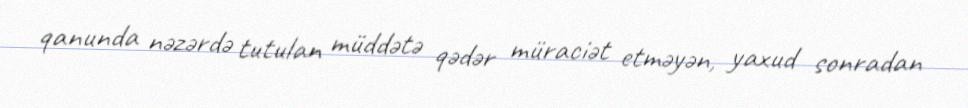
qanunda nəzərdə tutulan müddətə qədər müraciət etməyən, yaxud sonradan